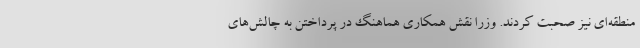
منطقه‌ای نیز صحبت کردند. وزرا نقش همکاری هماهنگ در پرداختن به چالش‌های